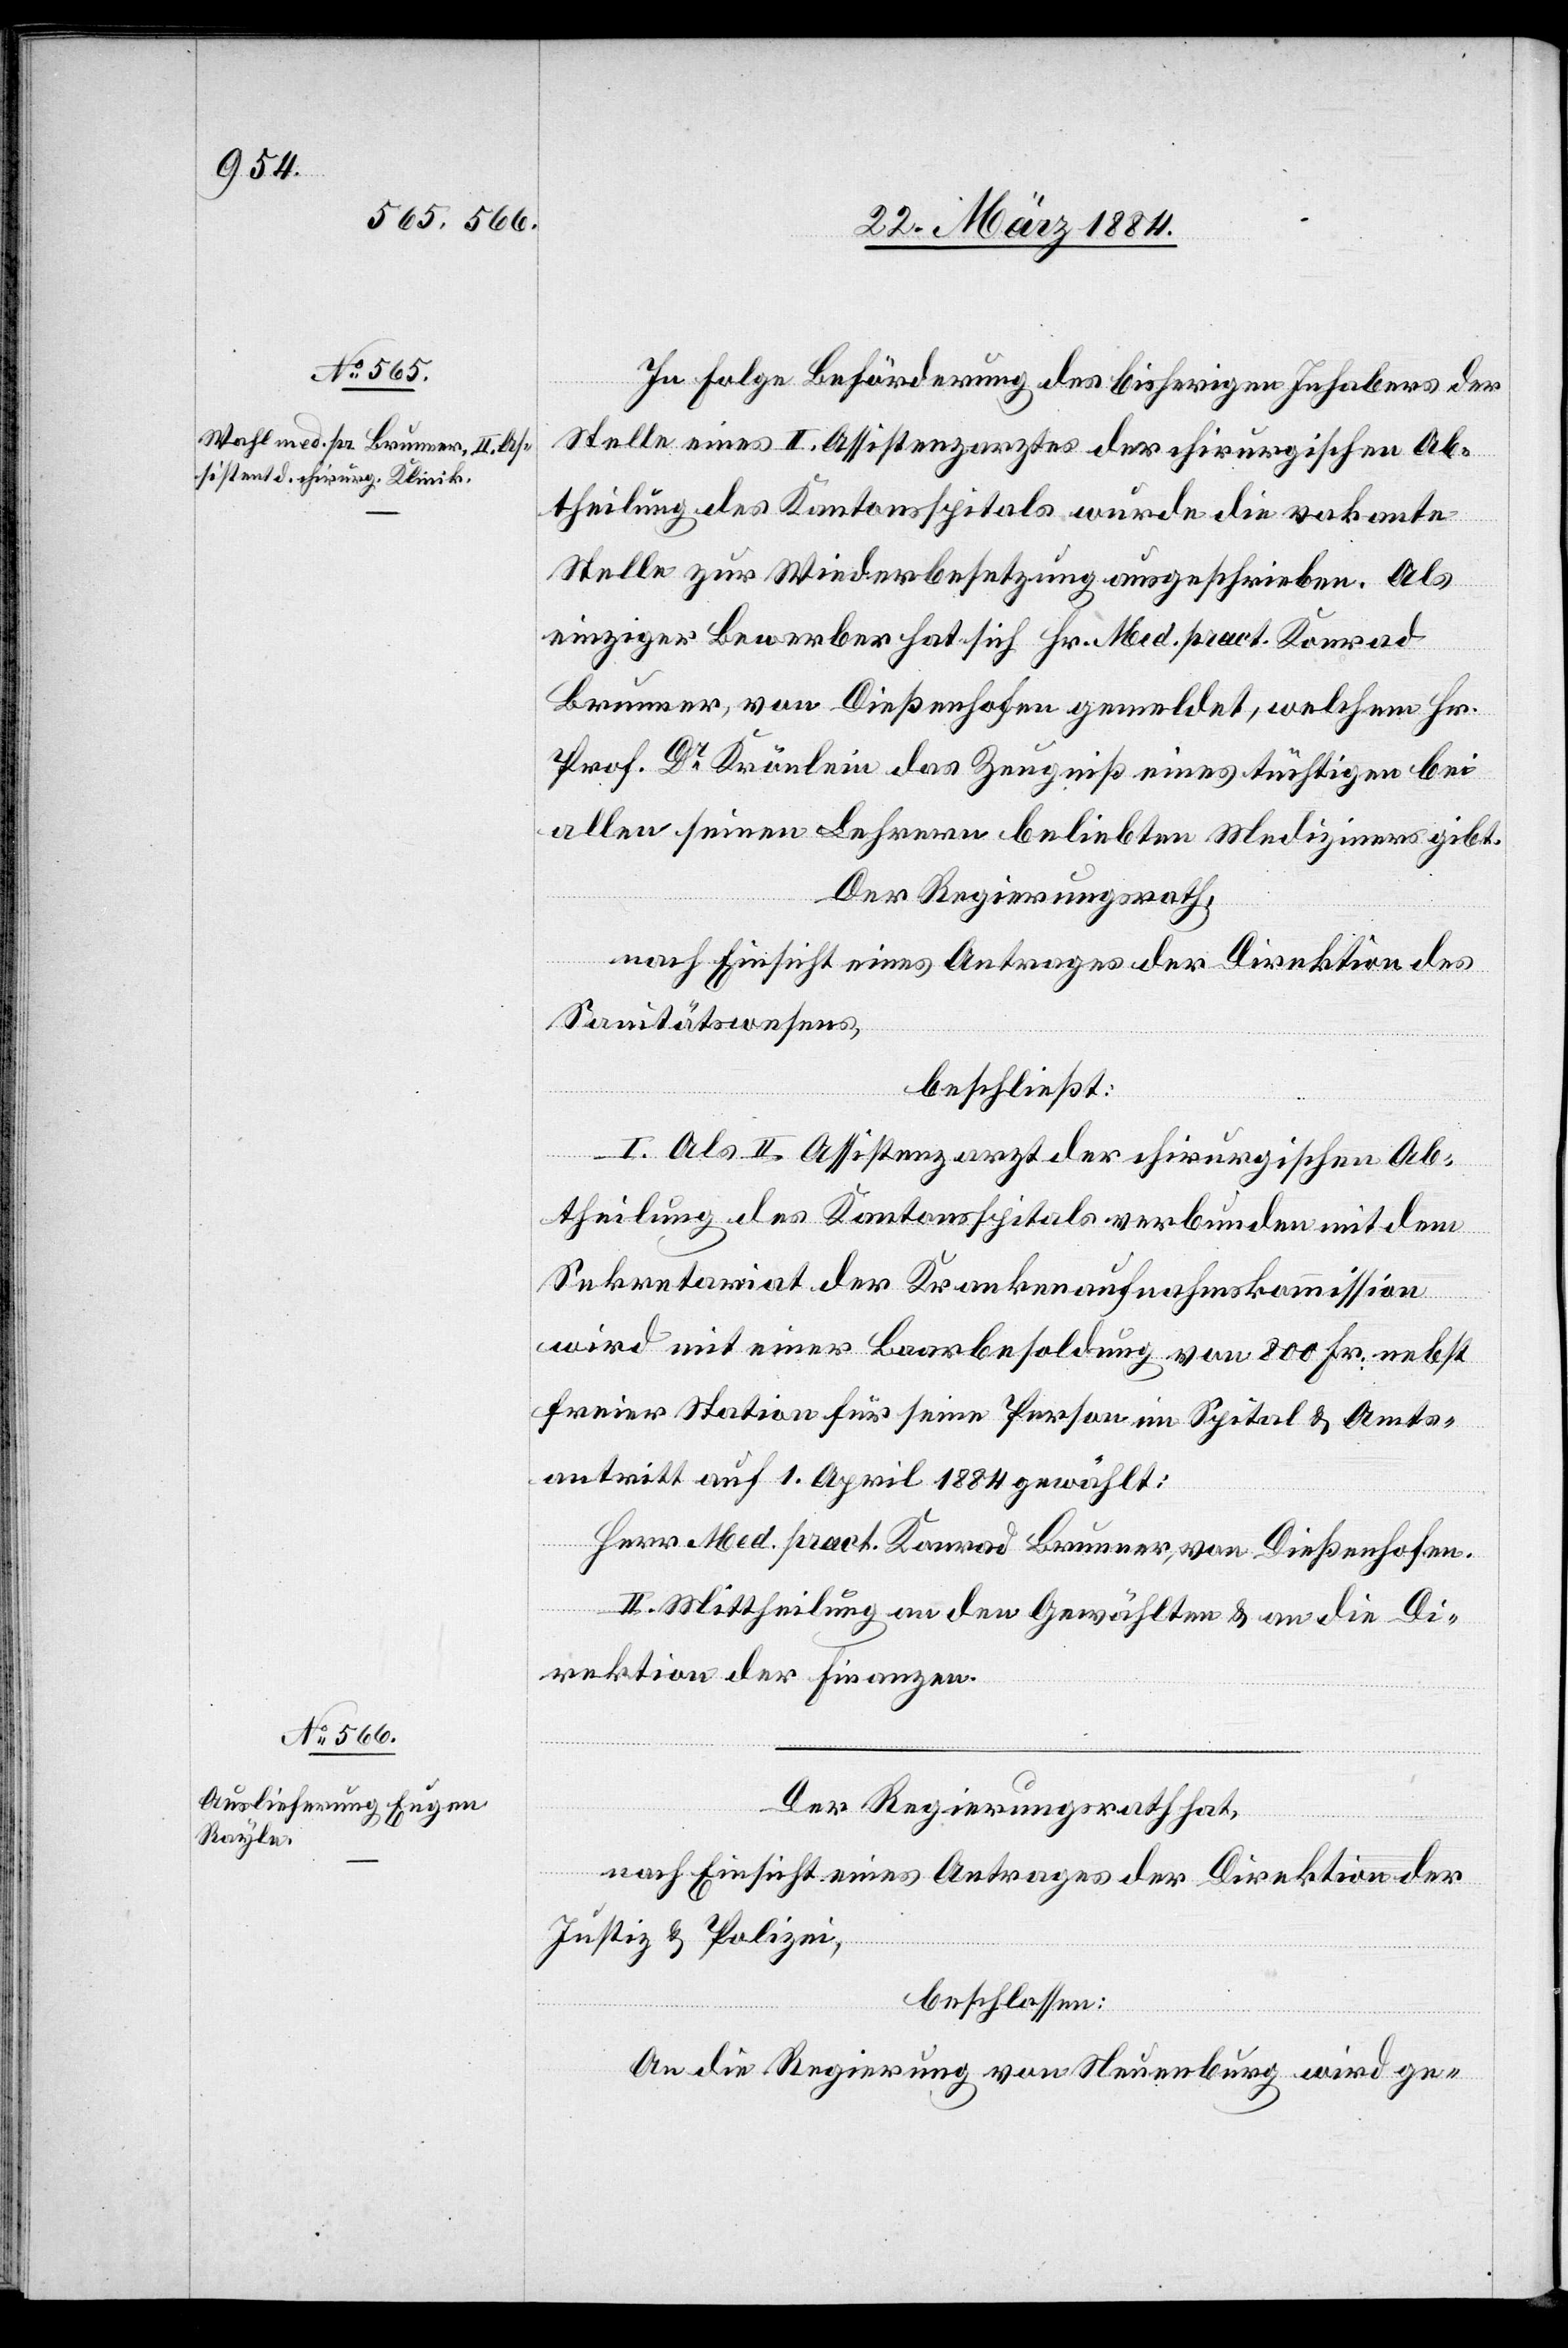
In Folge Beförderung des bisherigen Inhabers der
Stelle eines II. Assistenzarztes der chirurgischen Ab¬
theilung des Kantonsspitals wurde die vakante
Stelle zur Wiederbesetzung ausgeschrieben. Als
einziger Bewerber hat sich Hr. Med. pract. Konrad
Brunner, von Dießenhofen gemeldet, welchem Hr.
Prof. Dr Krönlein das Zeugniß eines tüchtigen bei
allen seinen Lehrern beliebten Mediziners gibt.
Der Regierungsrath,
nach Einsicht eines Antrages der Direktion des
Sanitätswesens,
beschließt:
I. Als II. Assistenzarzt der chirurgischen Ab¬
theilung des Kantonsspitals verbunden mit dem
Sekretariat der Krankenaufnahmekommission
wird mit einer Baarbesoldung von 800 Fr. nebst
freier Station für seine Person im Spital & Amts¬
antritt auf 1. April 1884 gewählt:
Herr Med. pract. Konrad Brunner, von Dießenhofen.
II. Mittheilung an den Gewählten & an die Di¬
rektion der Finanzen.
nach Einsicht eines Antrages der Direktion der
Justiz & Polizei,
beschlossen:
An die Regierung von Neuenburg wird ge-